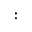
\boldsymbol { : }